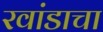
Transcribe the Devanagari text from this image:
रवांडाचा